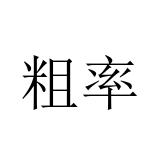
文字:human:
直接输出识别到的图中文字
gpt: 粗率